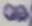
Text: 8